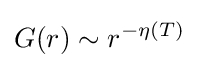
G(r)\sim r^{-\eta (T)}